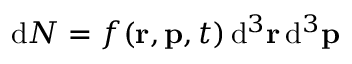
{ \mathrm { d } } N = f ( \mathbf { r } , \mathbf { p } , t ) \, { \mathrm { d } } ^ { 3 } \mathbf { r } \, { \mathrm { d } } ^ { 3 } \mathbf { p }